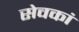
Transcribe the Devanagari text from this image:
सेवकां